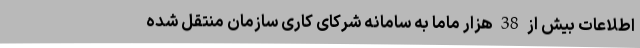
اطلاعات بیش از 38 هزار ماما به سامانه شرکای کاری سازمان منتقل شده